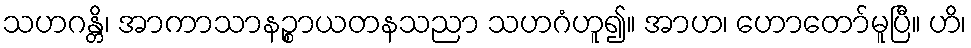
သဟဂန္တိ၊ အာကာသာနဉ္စာယတနသညာ သဟဂံဟူ၍။ အာဟ၊ ဟောတော်မူပြီ။ ဟိ၊